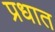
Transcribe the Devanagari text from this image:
प्रधात